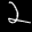
Label: 2